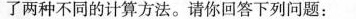
了两种不同的计算方法。请你回答下列问题：